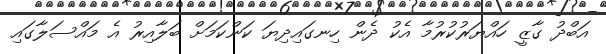
އަބްދު ގާޒީ ހައްޔަރުކުރުމާ އެކު ދެން ހިނގައިދިޔަ ކަންކަމަށް ބަލާއިރު އެ މައްސަލާގައި